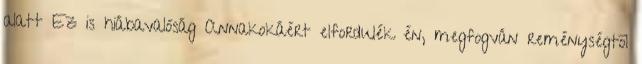
alatt Ez is hiábavalóság Annakokáért elfordulék én, megfogván reménységtõl